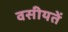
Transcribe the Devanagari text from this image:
वसीयतें